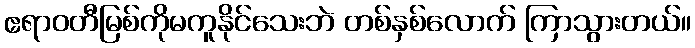
ဧရာဝတီမြစ်ကိုမကူနိုင်သေးဘဲ တစ်နှစ်လောက် ကြာသွားတယ်။